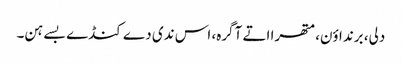
دلی، برنداؤن، متھرا اتے آگرہ، اس ندی دے کنڈے بسے ہن۔